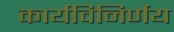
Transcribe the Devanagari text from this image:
कार्यविनिर्णय